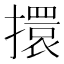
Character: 擐